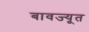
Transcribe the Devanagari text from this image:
बावज्यूत